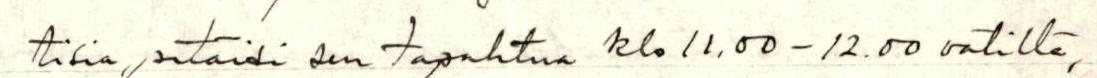
tisia, pitäisi sen tapahtua klo 11.00-12.00 välillä,